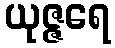
ယုဇ္ဇရေ